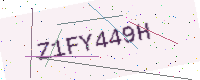
Text: Z1FY449H